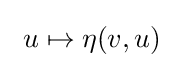
\ u\mapsto \eta (v,u)~